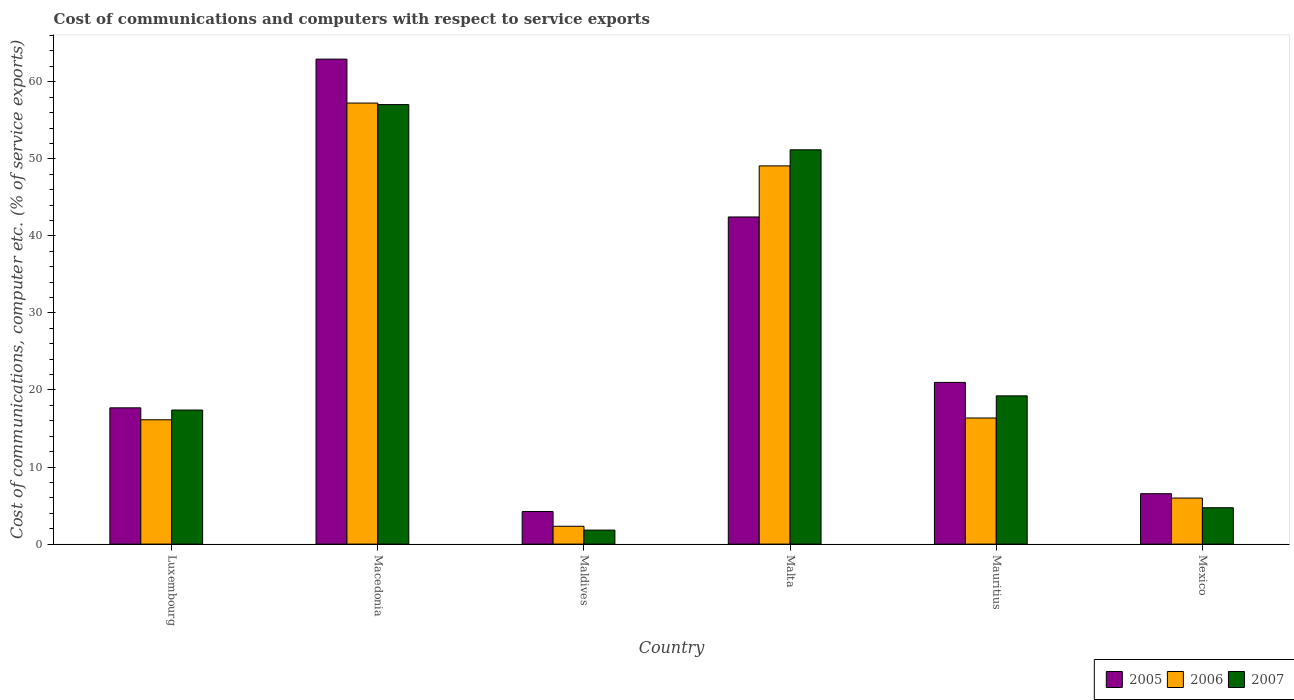
| Country | 2005 | 2006 | 2007 |
 | --- | --- | --- | --- |
 | Luxembourg | 17.7 | 16.1 | 17.4 |
 | Macedonia | 62.9 | 57.2 | 57 |
 | Maldives | 4.23 | 2.32 | 1.82 |
 | Malta | 42.5 | 49.1 | 51.2 |
 | Mauritius | 21 | 16.4 | 19.2 |
 | Mexico | 6.54 | 5.98 | 4.72 |